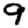
Digit: 9